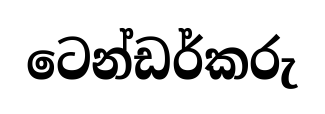
ටෙන්ඩර්කරු